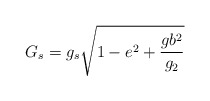
\begin{align*}G_s=g_s\sqrt{1-e^2+\frac{gb^2}{g_2}}\end{align*}